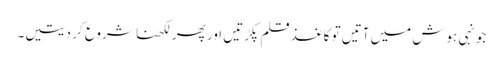
جونہی ہوش میں آتیں تو کاغذ قلم پکڑتیں اور پھر لکھنا شروع کر دیتیں۔